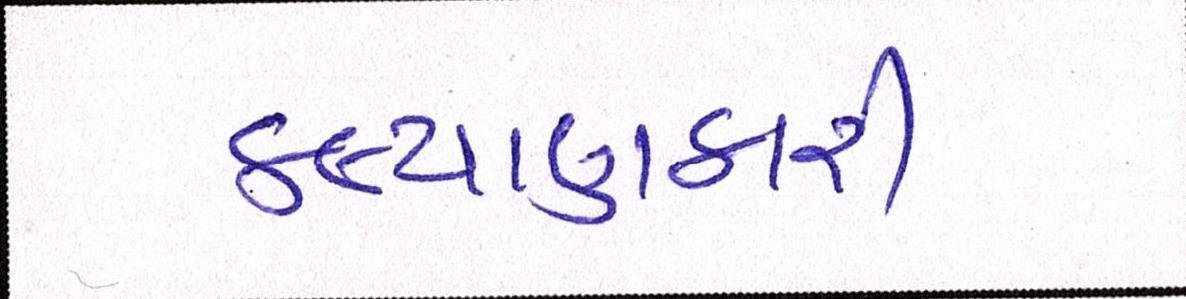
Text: કલ્યાણકારી